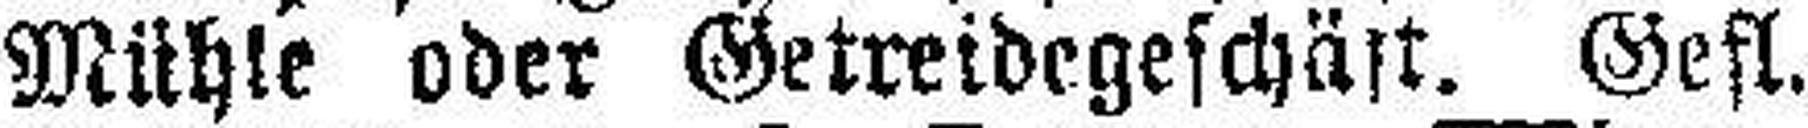
Mühle oder Getreidegeschäft. Gefl.